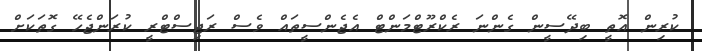
ކުރިން އޮތީ ބިދޭސީން ގެންނަ ރެކްރޫޓްމަންޓް އެޖެންސީތައް ވެސް ރަޖިސްޓްރީ ކުރަންޖެހޭ ގޮތަކަށް